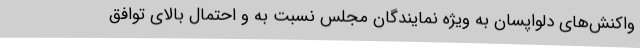
واکنش‌های دلواپسان به ویژه نمایندگان مجلس نسبت به و احتمال بالای توافق